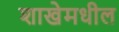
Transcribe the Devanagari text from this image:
शाखेमधील